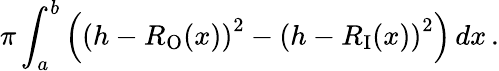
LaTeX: \pi\int_{a}^{b}\left(\left(h-R_{\mathrm{O}}(x)\right)^{2}-\left(h-R_{\mathrm{I}}(x)\right)^{2}\right)\, dx\, .